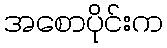
အစောပိုင်းက